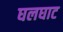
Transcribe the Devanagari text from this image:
घलघाट